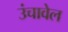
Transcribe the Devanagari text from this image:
उंचावेल